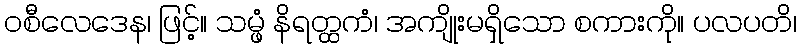
ဝစီလေဒေန၊ ဖြင့်။ သမ္ဖံ နိရတ္ထကံ၊ အကျိုးမရှိသော စကားကို။ ပလပတိ၊